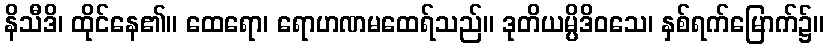
နိသီဒိ၊ ထိုင်နေ၏။ ထေရော၊ ရောဟဏမထေရ်သည်။ ဒုတိယမ္ပိဒိဝသေ၊ နှစ်ရက်မြောက်၌။